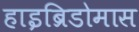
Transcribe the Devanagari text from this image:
हाइब्रिडोमास